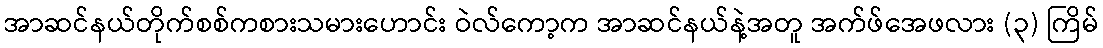
အာဆင်နယ်တိုက်စစ်ကစားသမားဟောင်း ဝဲလ်ကော့က အာဆင်နယ်နဲ့အတူ အက်ဖ်အေဖလား (၃) ကြိမ်